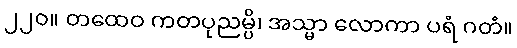
၂၂၀။ တထေဝ ကတပုညမ္ပိ၊ အသ္မာ လောကာ ပရံ ဂတံ။